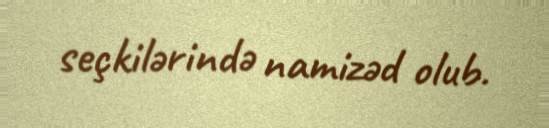
seçkilərində namizəd olub.